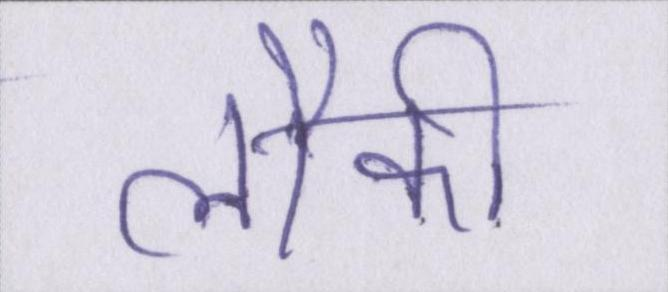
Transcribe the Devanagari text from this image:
लौकी